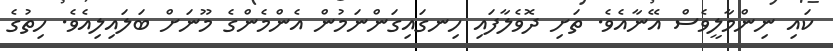
ކައި ނިންމާލީވެސް އޭނާއެވެ. ތަށި ދޮވެލާފައި ހިނގައިގަންނަމުން އެންމެންގެ މޫނަށް ބަލައިލިއެވެ. ހިތުގެ